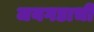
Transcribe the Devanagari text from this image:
जयगडाची